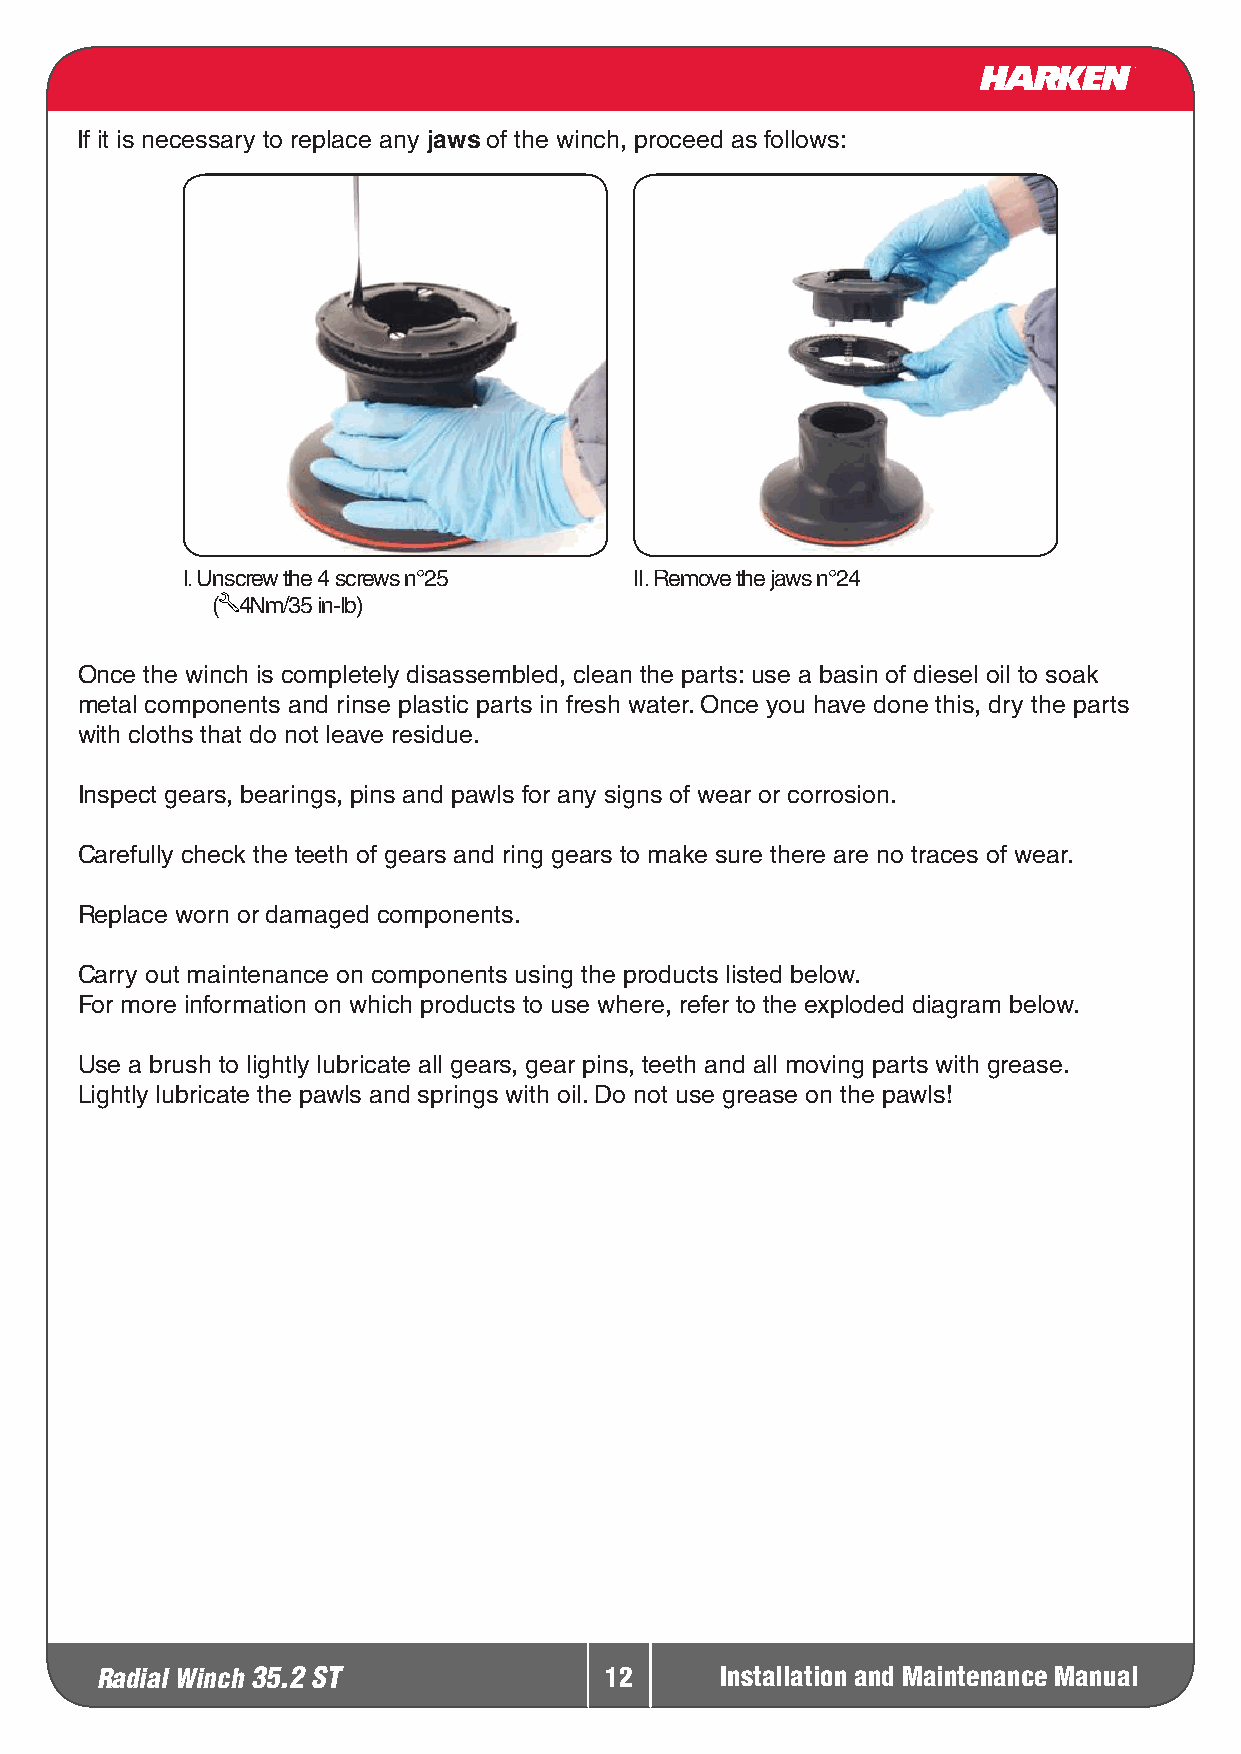
If it is necessary to replace any jaws of the winch, proceed as follows:
 I. Unscrew the 4 screws n°25  II. Remove the jaws n°24
 ( 4Nm/35 in-lb)
 Once the winch is completely disassembled, clean the parts: use a basin of diesel oil to soak
 metal components and rinse plastic parts in fresh water. Once you have done this, dry the parts
 with cloths that do not leave residue.
 Inspect gears, bearings, pins and pawls for any signs of wear or corrosion.
 Carefully check the teeth of gears and ring gears to make sure there are no traces of wear.
 Replace worn or damaged components.
 Carry out maintenance on components using the products listed below.
 For more information on which products to use where, refer to the exploded diagram below.
 Use a brush to lightly lubricate all gears, gear pins, teeth and all moving parts with grease.
 Lightly lubricate the pawls and springs with oil. Do not use grease on the pawls!
 Radial Winch 35.2 ST              12      Installation and Maintenance Manual